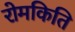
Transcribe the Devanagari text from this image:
रोमकिति